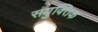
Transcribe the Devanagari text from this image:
सयुक्‍तिक